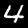
Label: 4